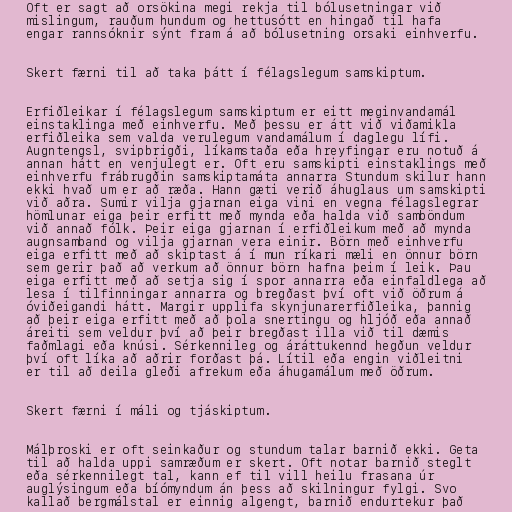
Oft er sagt að orsökina megi rekja til bólusetningar við
mislingum, rauðum hundum og hettusótt en hingað til hafa
engar rannsóknir sýnt fram á að bólusetning orsaki einhverfu.

Skert færni til að taka þátt í félagslegum samskiptum.

Erfiðleikar í félagslegum samskiptum er eitt meginvandamál
einstaklinga með einhverfu. Með þessu er átt við viðamikla
erfiðleika sem valda verulegum vandamálum í daglegu lífi.
Augntengsl, svipbrigði, líkamstaða eða hreyfingar eru notuð á
annan hátt en venjulegt er. Oft eru samskipti einstaklings með
einhverfu frábrugðin samskiptamáta annarra Stundum skilur hann
ekki hvað um er að ræða. Hann gæti verið áhuglaus um samskipti
við aðra. Sumir vilja gjarnan eiga vini en vegna félagslegrar
hömlunar eiga þeir erfitt með mynda eða halda við samböndum
við annað fólk. Þeir eiga gjarnan í erfiðleikum með að mynda
augnsamband og vilja gjarnan vera einir. Börn með einhverfu
eiga erfitt með að skiptast á í mun ríkari mæli en önnur börn
sem gerir það að verkum að önnur börn hafna þeim í leik. Þau
eiga erfitt með að setja sig í spor annarra eða einfaldlega að
lesa í tilfinningar annarra og bregðast því oft við öðrum á
óviðeigandi hátt. Margir upplifa skynjunarerfiðleika, þannig
að þeir eiga erfitt með að þola snertingu og hljóð eða annað
áreiti sem veldur því að þeir bregðast illa við til dæmis
faðmlagi eða knúsi. Sérkennileg og áráttukennd hegðun veldur
því oft líka að aðrir forðast þá. Lítil eða engin viðleitni
er til að deila gleði afrekum eða áhugamálum með öðrum.

Skert færni í máli og tjáskiptum.

Málþroski er oft seinkaður og stundum talar barnið ekki. Geta
til að halda uppi samræðum er skert. Oft notar barnið steglt
eða sérkennilegt tal, kann ef til vill heilu frasana úr
auglýsingum eða bíómyndum án þess að skilningur fylgi. Svo
kallað bergmálstal er einnig algengt, barnið endurtekur það